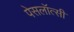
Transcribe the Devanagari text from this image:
पेसलॉत्सी